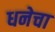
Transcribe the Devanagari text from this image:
धनेचा